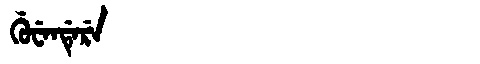
Manchu: ᡤᡠᠸᡝᠨᡩᡝᡵᡝ
Romanization: GUWENDERE